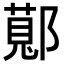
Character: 𬪖